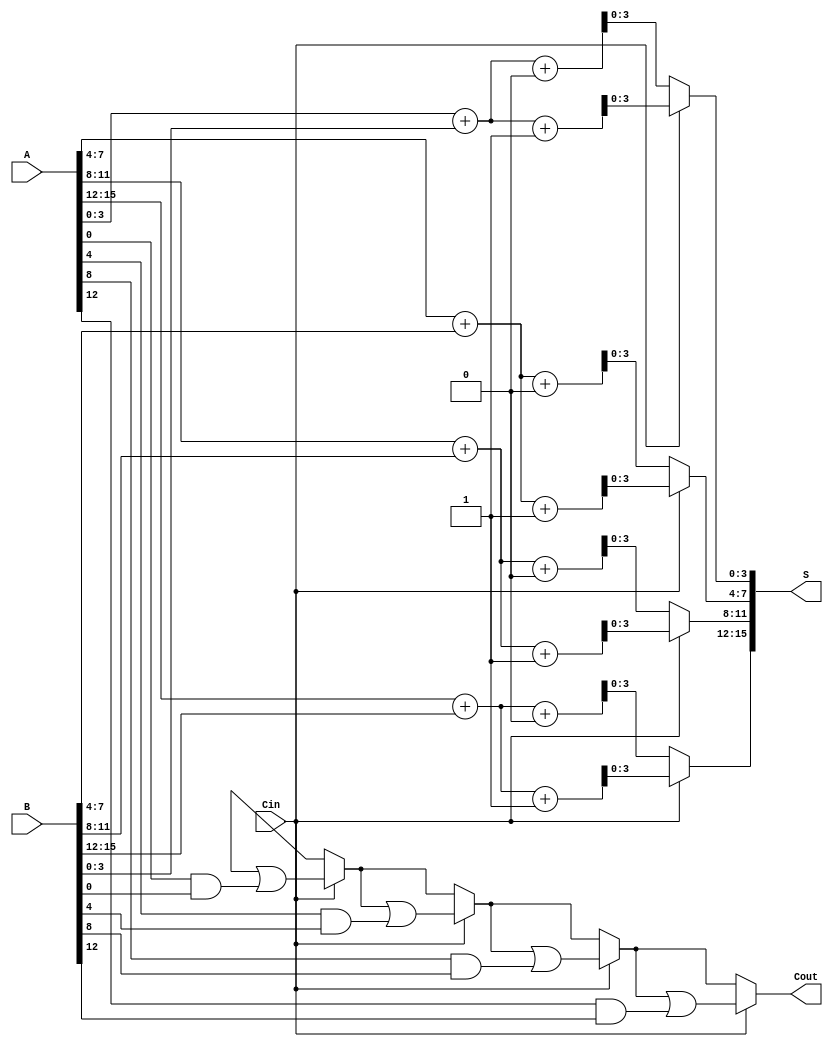
module CCSA #(parameter N = 16, parameter M = 4) (
    input  [N-1:0] A,      // First n-bit input
    input  [N-1:0] B,      // Second n-bit input
    input          Cin,     // Carry input
    output [N-1:0] S,      // n-bit sum output
    output         Cout     // Carry output
);

    localparam GROUPS = N / M; // Number of groups

    // Intermediate sums and carries
    wire [M-1:0] S0 [0:GROUPS-1]; // Sums when carry is 0
    wire [M-1:0] S1 [0:GROUPS-1]; // Sums when carry is 1
    wire [GROUPS:0] C;             // Carry outputs for each group

    // Generate sums for each group
    genvar i;
    generate
        for (i = 0; i < GROUPS; i = i + 1) begin : group
            wire [M-1:0] A_group = A[M*i +: M];
            wire [M-1:0] B_group = B[M*i +: M];
            wire carry_in = C[i]; // Carry input for the current group

            // Compute sums for carry in 0 and 1
            assign {C[i+1], S0[i]} = A_group + B_group + 1'b0; // Sum when carry is 0
            assign {C[i+1], S1[i]} = A_group + B_group + 1'b1; // Sum when carry is 1
        end
    endgenerate

    // Final carry output
    assign Cout = C[GROUPS];

    // Select the appropriate sum based on the carry input
    generate
        for (i = 0; i < GROUPS; i = i + 1) begin : select_sum
            assign S[M*i +: M] = (Cin) ? S1[i] : S0[i];
            // Update the carry for the next group
            assign C[i+1] = (Cin) ? (C[i] | (A[M*i +: M] & B[M*i +: M])) : C[i];
        end
    endgenerate

    // Handle the first group separately
    assign S[M*0 +: M] = (Cin) ? S1[0] : S0[0];
    assign C[1] = (Cin) ? (C[0] | (A[M*0 +: M] & B[M*0 +: M])) : C[0];

endmodule